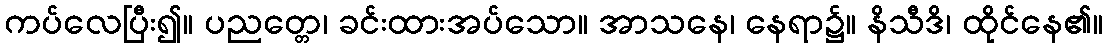
ကပ်လေပြီး၍။ ပညတ္တေ၊ ခင်းထားအပ်သော။ အာသနေ၊ နေရာ၌။ နိသီဒိ၊ ထိုင်နေ၏။